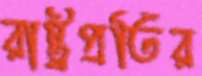
রাষ্ট্রপ্রতির